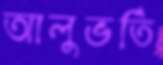
আলুভর্তি